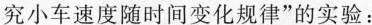
究小车速度随时间变化规律”的实验：